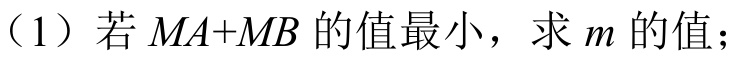
（1）若\(MA + MB\)的值最小，求\(m\)的值；